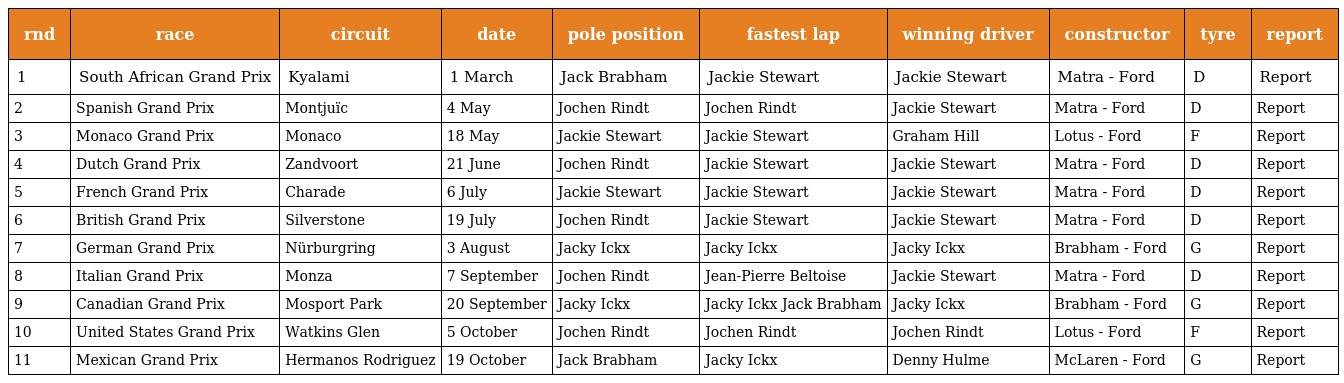
| rnd | race | circuit | date | pole position | fastest lap | winning driver | constructor | tyre | report |
 | --- | --- | --- | --- | --- | --- | --- | --- | --- | --- |
 | 1 | South African Grand Prix | Kyalami | 1 March | Jack Brabham | Jackie Stewart | Jackie Stewart | Matra - Ford | D | Report |
 | 2 | Spanish Grand Prix | Montjuïc | 4 May | Jochen Rindt | Jochen Rindt | Jackie Stewart | Matra - Ford | D | Report |
 | 3 | Monaco Grand Prix | Monaco | 18 May | Jackie Stewart | Jackie Stewart | Graham Hill | Lotus - Ford | F | Report |
 | 4 | Dutch Grand Prix | Zandvoort | 21 June | Jochen Rindt | Jackie Stewart | Jackie Stewart | Matra - Ford | D | Report |
 | 5 | French Grand Prix | Charade | 6 July | Jackie Stewart | Jackie Stewart | Jackie Stewart | Matra - Ford | D | Report |
 | 6 | British Grand Prix | Silverstone | 19 July | Jochen Rindt | Jackie Stewart | Jackie Stewart | Matra - Ford | D | Report |
 | 7 | German Grand Prix | Nürburgring | 3 August | Jacky Ickx | Jacky Ickx | Jacky Ickx | Brabham - Ford | G | Report |
 | 8 | Italian Grand Prix | Monza | 7 September | Jochen Rindt | Jean-Pierre Beltoise | Jackie Stewart | Matra - Ford | D | Report |
 | 9 | Canadian Grand Prix | Mosport Park | 20 September | Jacky Ickx | Jacky Ickx Jack Brabham | Jacky Ickx | Brabham - Ford | G | Report |
 | 10 | United States Grand Prix | Watkins Glen | 5 October | Jochen Rindt | Jochen Rindt | Jochen Rindt | Lotus - Ford | F | Report |
 | 11 | Mexican Grand Prix | Hermanos Rodriguez | 19 October | Jack Brabham | Jacky Ickx | Denny Hulme | McLaren - Ford | G | Report |